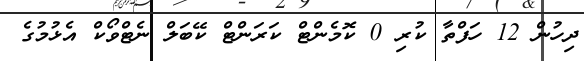
ދިހުން 12 ހަފްތާ ކުރި 0 ކޮމެންޓް ކަރަންޓް ކޭބަލް ނެޓްވޯކް އެޅުމުގެ